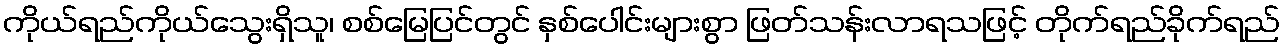
ကိုယ်ရည်ကိုယ်သွေးရှိသူ၊ စစ်မြေပြင်တွင် နှစ်ပေါင်းများစွာ ဖြတ်သန်းလာရသဖြင့် တိုက်ရည်ခိုက်ရည်